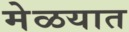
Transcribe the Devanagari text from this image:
मेळयात